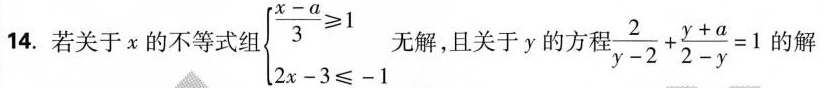
14.若关于x的不等式组.$$\begin {cases}